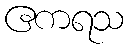
ဧကရသ